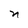
Character: n